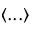
\langle . . . \rangle